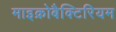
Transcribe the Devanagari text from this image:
माइक्रोबैक्टिरियम